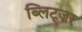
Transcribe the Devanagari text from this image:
ब्लिट्ज़र